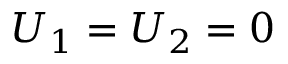
U _ { 1 } = U _ { 2 } = 0